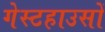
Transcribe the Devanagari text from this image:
गेस्टहाउसों